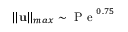
\| \mathbf { u } \| _ { m a x } \sim \mathrm { ~ P ~ e ~ } ^ { 0 . 7 5 }